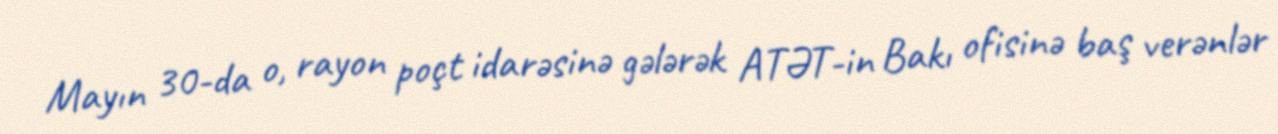
Mayın 30-da o, rayon poçt idarəsinə gələrək ATƏT-in Bakı ofisinə baş verənlər